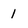
Character: 1